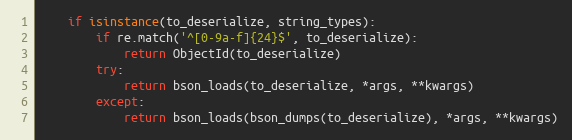
Language: Python
    if isinstance(to_deserialize, string_types):
        if re.match('^[0-9a-f]{24}$', to_deserialize):
            return ObjectId(to_deserialize)
        try:
            return bson_loads(to_deserialize, *args, **kwargs)
        except:
            return bson_loads(bson_dumps(to_deserialize), *args, **kwargs)